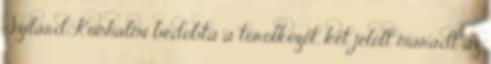
Szilárd Kunhalmi bedobta a törölközőt, két jelölt maradt az